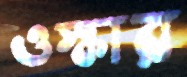
ওস্কার